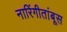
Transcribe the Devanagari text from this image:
नारिंगीतांबूस